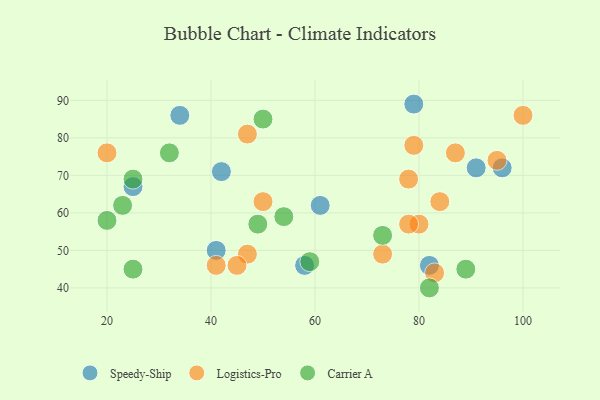
{"axis": {"x": "GDP", "y": "Life Expectancy"}, "legend": ["Carrier A", "Logistics-Pro", "Speedy-Ship"], "data": [{"x": "25", "y": 67, "type": "Speedy-Ship"}, {"x": "41", "y": 50, "type": "Speedy-Ship"}, {"x": "61", "y": 62, "type": "Speedy-Ship"}, {"x": "96", "y": 72, "type": "Speedy-Ship"}, {"x": "42", "y": 71, "type": "Speedy-Ship"}, {"x": "91", "y": 72, "type": "Speedy-Ship"}, {"x": "58", "y": 46, "type": "Speedy-Ship"}, {"x": "34", "y": 86, "type": "Speedy-Ship"}, {"x": "82", "y": 46, "type": "Speedy-Ship"}, {"x": "79", "y": 89, "type": "Speedy-Ship"}, {"x": "87", "y": 76, "type": "Logistics-Pro"}, {"x": "80", "y": 57, "type": "Logistics-Pro"}, {"x": "73", "y": 49, "type": "Logistics-Pro"}, {"x": "20", "y": 76, "type": "Logistics-Pro"}, {"x": "41", "y": 46, "type": "Logistics-Pro"}, {"x": "95", "y": 74, "type": "Logistics-Pro"}, {"x": "79", "y": 78, "type": "Logistics-Pro"}, {"x": "78", "y": 57, "type": "Logistics-Pro"}, {"x": "47", "y": 49, "type": "Logistics-Pro"}, {"x": "83", "y": 44, "type": "Logistics-Pro"}, {"x": "50", "y": 63, "type": "Logistics-Pro"}, {"x": "100", "y": 86, "type": "Logistics-Pro"}, {"x": "45", "y": 46, "type": "Logistics-Pro"}, {"x": "78", "y": 69, "type": "Logistics-Pro"}, {"x": "47", "y": 81, "type": "Logistics-Pro"}, {"x": "84", "y": 63, "type": "Logistics-Pro"}, {"x": "50", "y": 85, "type": "Carrier A"}, {"x": "32", "y": 76, "type": "Carrier A"}, {"x": "49", "y": 57, "type": "Carrier A"}, {"x": "89", "y": 45, "type": "Carrier A"}, {"x": "23", "y": 62, "type": "Carrier A"}, {"x": "25", "y": 45, "type": "Carrier A"}, {"x": "73", "y": 54, "type": "Carrier A"}, {"x": "82", "y": 40, "type": "Carrier A"}, {"x": "59", "y": 47, "type": "Carrier A"}, {"x": "20", "y": 58, "type": "Carrier A"}, {"x": "25", "y": 69, "type": "Carrier A"}, {"x": "54", "y": 59, "type": "Carrier A"}]}